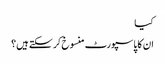
کیا
ان کا پاسپورٹ منسوخ کر سکتے ہیں؟